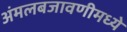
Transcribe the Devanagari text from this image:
अंमलबजावणीमध्ये